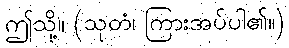
ဤသို့။ (သုတံ၊ ကြားအပ်ပါ၏။)